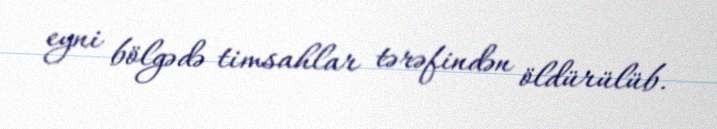
eyni bölgədə timsahlar tərəfindən öldürülüb.